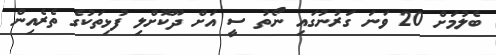
ބެލުމަށް 20 ވަނަ ގަރުނުގައި ނޯތު ސީ އަށް ދޫކޮށްލި ފުޅިތަކުގެ ތެރެއިން